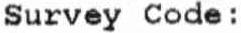
SURVEY CODE :